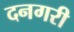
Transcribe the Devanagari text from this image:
दनगरी